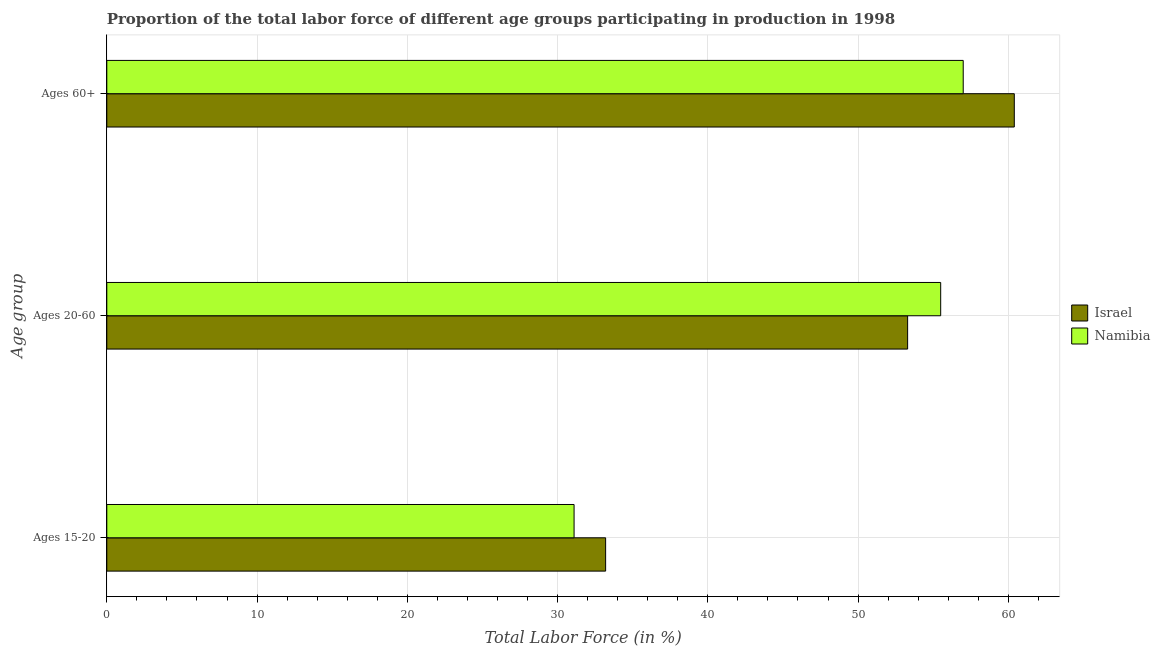
| Age group | Israel | Namibia |
 | --- | --- | --- |
 | Ages 15-20 | 33.2 | 31.1 |
 | Ages 20-60 | 53.3 | 55.5 |
 | Ages 60+ | 60.4 | 57 |